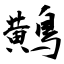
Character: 鷬